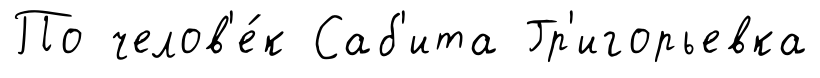
По челов'е́к Саб'ита Гр'игорьевка